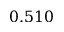
0 . 5 1 0